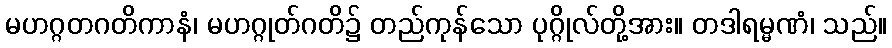
မဟဂ္ဂတဂတိကာနံ၊ မဟဂ္ဂုတ်ဂတိ၌ တည်ကုန်သော ပုဂ္ဂိုလ်တို့အား။ တဒါရမ္မဏံ၊ သည်။